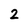
Character: 2